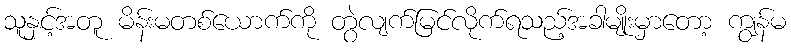
သူနှင့်အတူ မိန်းမတစ်ယောက်ကို တွဲလျက်မြင်လိုက်ရသည့်အခါမျိုးမှာတော့ ကျွန်မ